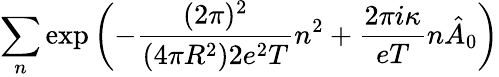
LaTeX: \sum_{n}\exp\left(-\frac{(2\pi)^{2}}{(4\pi R^{2})2e^{2}T}n^{2}+\frac{2\pi i\kappa}{eT}n\hat{A}_{0}\right)